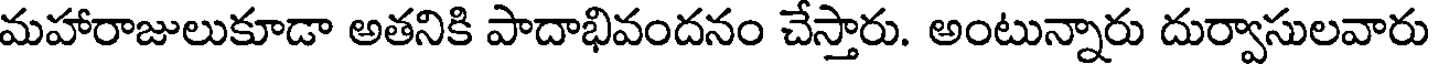
మహారాజులుకూడా అతనికి పాదాభివందనం చేస్తారు. అంటున్నారు దుర్వాసులవారు